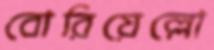
বোরিয়েল্লো